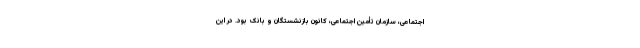
اجتماعی، سازمان تأمین اجتماعی، کانون بازنشستگان و بانک بود. در این